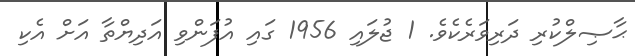
ޙާޞިލްކުރި ދަރިވަރެކެވެ. 1 ޖުލައި 1956 ގައި އުފަންވި އަދިޔްތާ އަށް އެކި